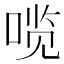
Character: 𰈆